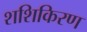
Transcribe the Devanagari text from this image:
शशिकिरण